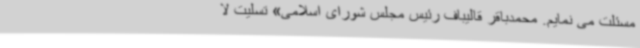
مسئلت می نمایم. محمدباقر قالیباف رئیس مجلس شورای اسلامی» تسلیت لا